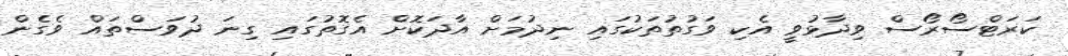
ކަރަޓްސޯރޯސް ވިދާޅުވީ އެކި ވަގުތުތަކުގައި ނިދުމަށް އާދަކޮށް އެގޮތުގައި ގިނަ ދުވަސްތައް ވެގެން